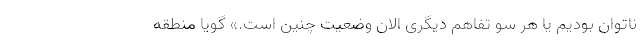
ناتوان بودیم یا هر سو تفاهم دیگری الان وضعیت چنین است.» گویا منطقه